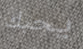
يحبك